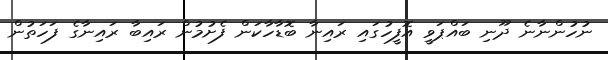
ނުހުންނާނެ ދޫނި ބައްޕަވީ އޮފީހުގައި ރައިނާ ބޮޑާހާކަން ފެށުމުން ރައިބާ ރައިނާގެ ފަހަތުން